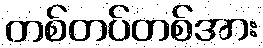
တစ်တပ်တစ်အား